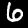
Label: 6